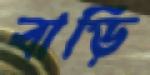
বাড়ি